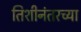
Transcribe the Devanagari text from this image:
तिशीनंतरच्या